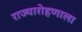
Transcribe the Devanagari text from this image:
राज्यारोहणाला